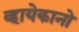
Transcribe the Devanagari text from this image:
व्हायेकानो